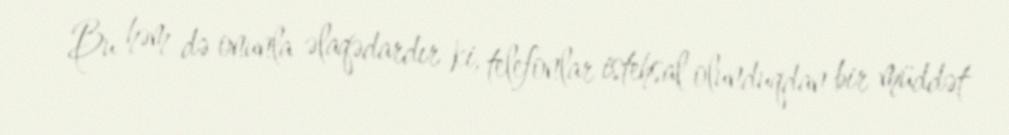
Bu həm də onunla əlaqədardır ki, telefonlar istehsal olunduqdan bir müddət